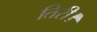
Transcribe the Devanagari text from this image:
तिरी।